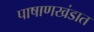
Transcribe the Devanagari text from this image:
पाषाणखंडात